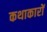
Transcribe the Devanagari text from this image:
कथाकारों